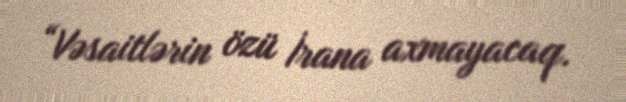
“Vəsaitlərin özü İrana axmayacaq.